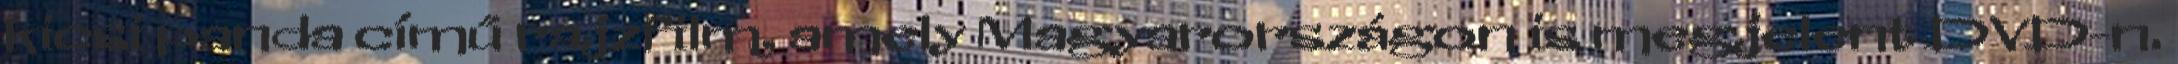
kicsi panda című rajzfilm, amely Magyarországon is megjelent DVD-n.